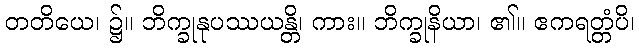
တတိယေ၊ ၌။ ဘိက္ခုနုပဿယန္တိ၊ ကား။ ဘိက္ခုနိယာ၊ ၏။ ဧကရတ္တံပိ၊